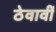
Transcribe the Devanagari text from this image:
ठेवावीं